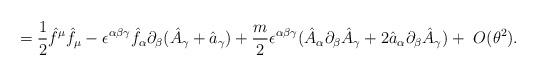
LaTeX: \begin{align*}=\frac{1}{2}\hat f^\mu \hat f_\mu -\epsilon ^{\alpha\beta\gamma}\hat f_\alpha\partial _\beta (\hat A_\gamma +\hat a_{\gamma})+\frac{m}{2}\epsilon^{\alpha\beta\gamma}(\hat A_{\alpha}\partial_{\beta}\hat A_{\gamma}+2\hat a_{\alpha}\partial_{\beta}\hat A_{\gamma})+~O(\theta^{2}).\end{align*}